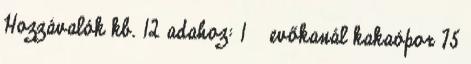
Hozzávalók kb. 12 adahoz: 1 ½ evőkanál kakaópor 75